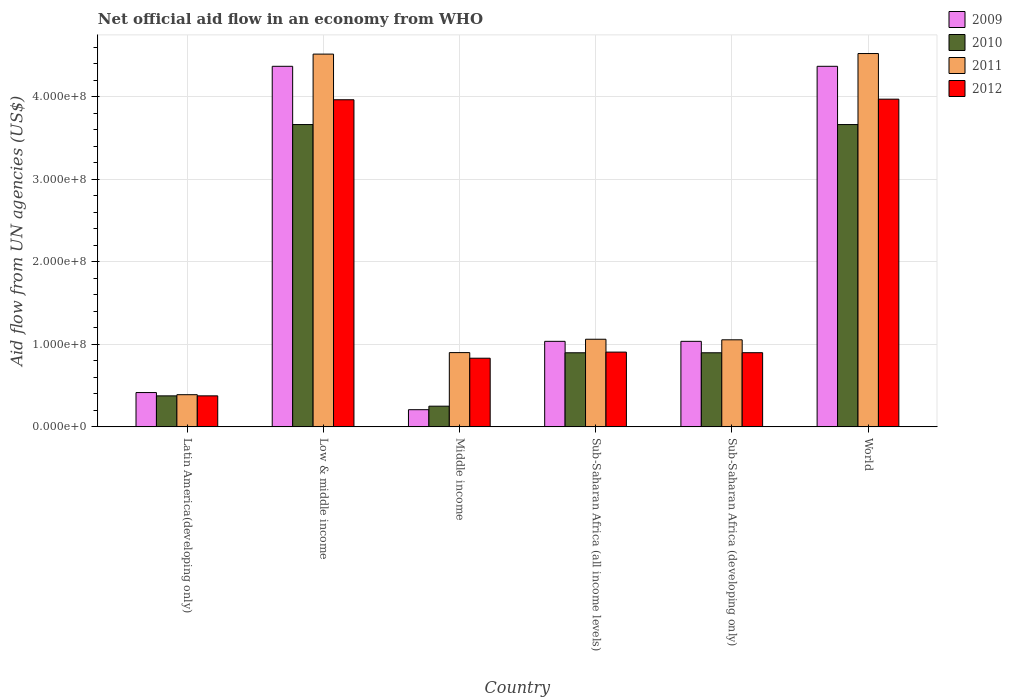
| Country | 2009 | 2010 | 2011 | 2012 |
 | --- | --- | --- | --- | --- |
 | Latin America(developing only) | 4.16e+07 | 3.76e+07 | 3.9e+07 | 3.76e+07 |
 | Low & middle income | 4.37e+08 | 3.66e+08 | 4.52e+08 | 3.96e+08 |
 | Middle income | 2.08e+07 | 2.51e+07 | 9e+07 | 8.32e+07 |
 | Sub-Saharan Africa (all income levels) | 1.04e+08 | 8.98e+07 | 1.06e+08 | 9.06e+07 |
 | Sub-Saharan Africa (developing only) | 1.04e+08 | 8.98e+07 | 1.05e+08 | 8.98e+07 |
 | World | 4.37e+08 | 3.66e+08 | 4.52e+08 | 3.97e+08 |